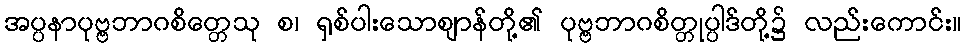
အပ္ပနာပုဗ္ဗဘာဂစိတ္တေသု စ၊ ရှစ်ပါးသောဈာန်တို့၏ ပုဗ္ဗဘာဂစိတ္တုပ္ပါဒ်တို့၌ လည်းကောင်း။